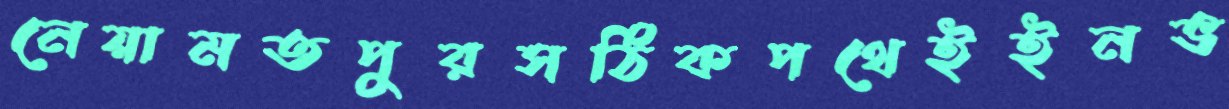
নেয়ামতপুরসঠিকপথেইইনভ